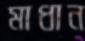
মাধান